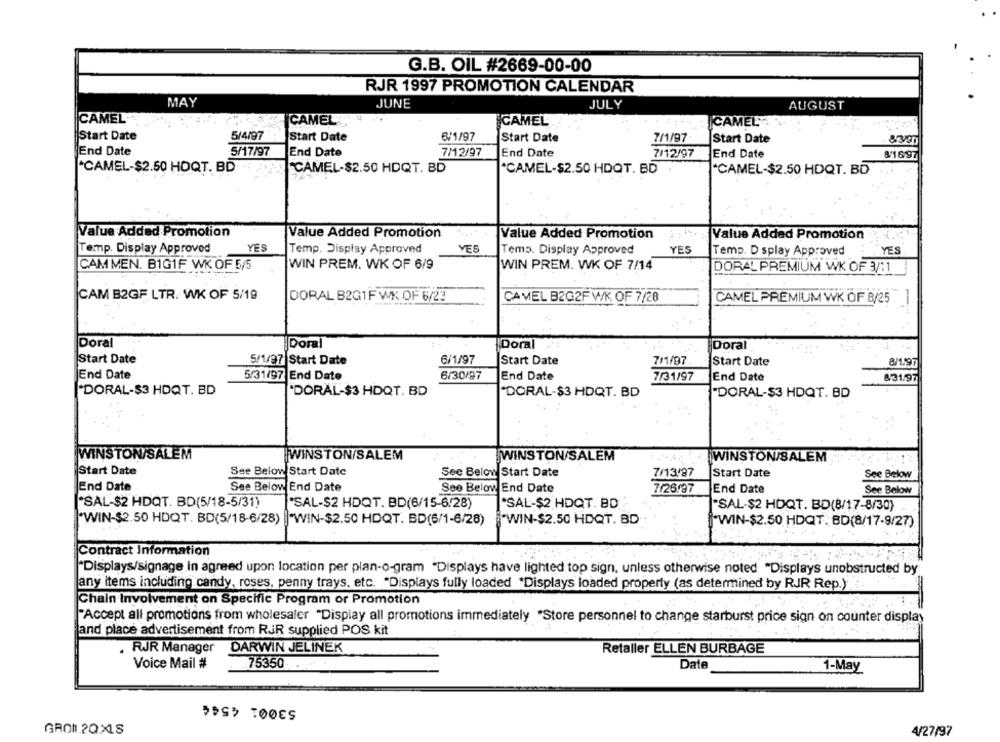
G.B. OIL #2669-00-00
RJR 1997 PROMOTION CALENDAR
MAY
JUNE
JULY
AUGUST
CAMEL
CAMEL
CAMEL
CAMEL
Start Date
5/4/97
Start Date
6/1/97
Start Date
7/1/97
Start Date
End Date
5/17/97
End Date
7/12/97
End Date
7/12/97
End Date
31697
*CAMEL-$2.50 HOQT. BD
CAMEL-$2.50 HDQT. BD
*CAMEL-$2.50 HDQT. BD
*CAMEL-$2.50 HDQT. BD
Value Added Promotion
Value Added Promotion
Value Added Promotion
Value Added Promotion
Temp. Display Approved
YES
Temp. Display Approved
YES
Temp. Display Approved
YES
Temp. D splay Approved
YES
CAM MEN. B1G1F WK OF 5/5
WIN PREM. WK OF 6/9
WIN PREM. WK OF 7/14
DORAL PREMIUM WK OF 3/11
CAM B2GF LTR. WK OF 5/19
DORAL B2G1F WK OF 6/23
CAMEL B2G2F W/K OF 7/28
CAMEL PREMIUM WK OF 8/25
-
Doral
Doral
Doral
Doral
Start Date
5/1/97 Start Date
6/1/97
Start Date
7/1/97
Start Date
End Date
5/31/97 End Date
6/30/97
End Date
7/31/97
End Date
8/31/97
"DORAL-$3 HDQT. BD
DORAL-$3 HDQT. BD
DORAL-$3 HDQT. BD
"DORAL-$3 HDQT. BD
WINSTON/SALEM
WINSTON/SALEM
WINSTON SALEM
WINSTON SALEM
Start Date
See Below Start Date
See Below Start Date
7/13/97
Start Date
See Below
End Date
See Below End Date
See Below End Date
7/26/97
End Date
See Below
"SAL-$2 HDQT. BD(5/18-5/31)
*SAL-$2 HDQT. BD(6/15-6/28)
*SAL-$2 HDQT. BD
"SAL-$2 HDQT. BD(8/17-8/30)
"WIN-$2.50 HDQT. BD
"WIN-$2.50 HDQT. BD(5/18-6/28) |"WIN-$2.50 HDQT. BD(6/1-6/28)
"WIN-$2.50 HDQT. BD(8/17-9/27)
Contract Information
"Displays/signage in agreed upon location per plan-o-gram "Displays have lighted top sign, unless otherwise noted "Displays unobstructed by
any items including candy, roses, penny trays, etc. "Displays fully loaded *Displays loaded property (as determined by RJR Rep.)
Chain Involvement on Specific Program or Promotion
"Accept all promotions from wholesaler "Display all promotions immediately "Store personnel to change starburst price sign on counter display
and place advertisement from RJR supplied POS kit
. RJR Manager
DARWIN JELINEK
Retaller ELLEN BURBAGE
Voice Mail #
.75350
Date
1-May
53001 4544
GRON 2QXLS
4/27/97